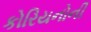
કોરિયનોની